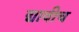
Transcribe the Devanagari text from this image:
द्यावीच